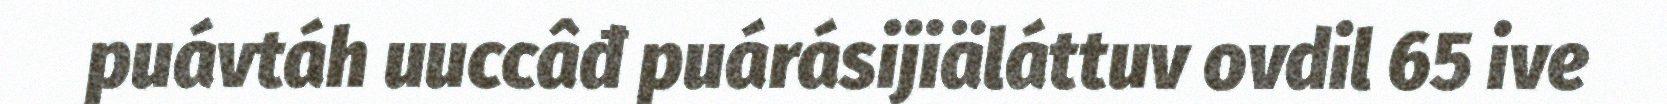
puávtáh uuccâđ puárásijiäláttuv ovdil 65 ive